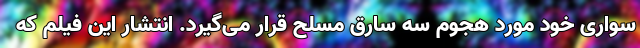
سواری خود مورد هجوم سه سارق مسلح قرار می‌گیرد. انتشار این فیلم که